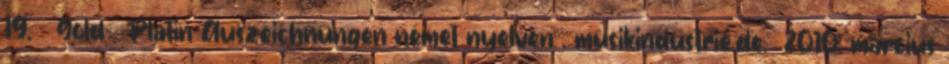
19. ↑ Gold- Platin-Auszeichnungen német nyelven . musikindustrie.de. 2010. március